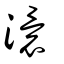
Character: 澴